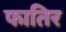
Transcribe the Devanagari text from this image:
फातिर